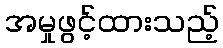
အမှုဖွင့်ထားသည့်